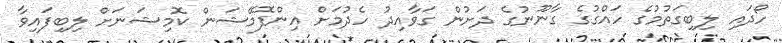
ހޯދައި ލިބިގަތުމުގެ ހައްގުގެ ގާނޫނުގެ ދަށުން ގަވާއިދު ހެދުމަށް އިންފޮމޭޝަން ކޮމިޝަނަށް ލިބިފައިވާ